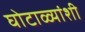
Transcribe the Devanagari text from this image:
घोटाळ्यांशी